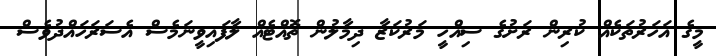
މީގެ އަހަރުތަކެއް ކުރިން ރަށުގެ ސިއްހީ މަރުކަޒާ ދިމާލުން ތޮއްޓެއް ލާފައިވީނަމެސް އެސަރަހައްދުވެސް